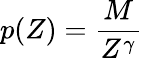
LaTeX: p(Z)=\frac{M}{Z^{\gamma}}